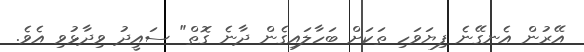
އޭރުން އެނގޭނެ ފިޔަވަހި ތަކަށް ބަހާލައިގެން ދާނެ ގޮތް" ސައީދު ވިދާޅުވި އެވެ.